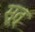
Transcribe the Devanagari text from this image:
सूत्